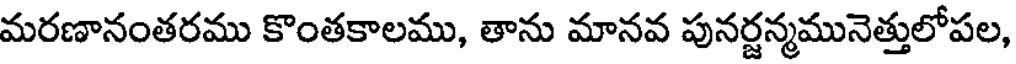
మరణానంతరము కొంతకాలము, తాను మానవ పునర్జన్మమునెత్తులోపల,